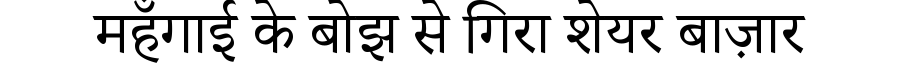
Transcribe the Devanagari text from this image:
महँगाई के बोझ से गिरा शेयर बाज़ार